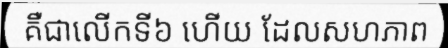
គឺជាលើកទី៦ ហើយ ដែលសហភាព